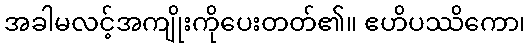
အခါမလင့်အကျိုးကိုပေးတတ်၏။ ဧဟိပဿိကော၊